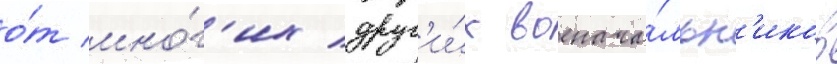
о́т мно́г'их друг'и́х военача́льн'иков